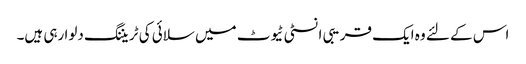
اس کے لئے وہ ایک قریبی انسٹی ٹیوٹ میں سلائی کی ٹریننگ دلوا رہی ہیں۔